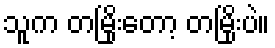
သူက တမြိုးတော့ တမြိုးပဲ။